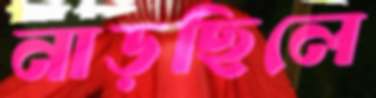
নাড়ছিলে